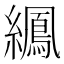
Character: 𫄍